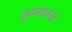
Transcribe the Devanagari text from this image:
कृष्णाकडे